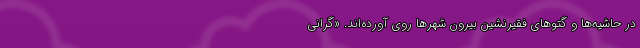
در حاشیه‌ها و گتوهای فقیرنشینِ بیرون شهرها روی آورده‌اند. «گرانی